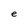
Character: e